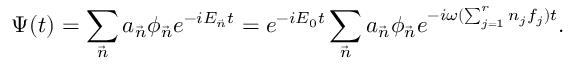
\Psi ( t ) = \sum _ { \vec { n } } a _ { \vec { n } } \phi _ { \vec { n } } e ^ { - i { \cal E } _ { \vec { n } } t } = e ^ { - i { \cal E } _ { 0 } t } \sum _ { \vec { n } } a _ { \vec { n } } \phi _ { \vec { n } } e ^ { - i \omega ( \sum _ { j = 1 } ^ { r } n _ { j } f _ { j } ) t } .